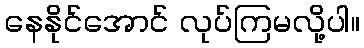
နေနိုင်အောင် လုပ်ကြမလို့ပါ။